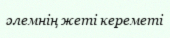
әлемнің жеті кереметі